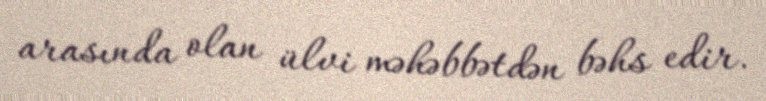
arasında olan ülvi məhəbbətdən bəhs edir.